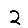
Digit: 2